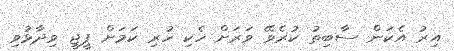
އިރު އެކަން ސާބިތު ކުރެވޭ ވަރަށް ހެކި ހުރި ކަމަށް ޕީޖީ ވިދާޅުވި